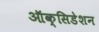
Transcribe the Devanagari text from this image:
ऑक्सिडेशन